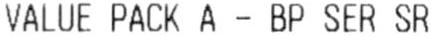
VALUE PACK A - BP SER SR